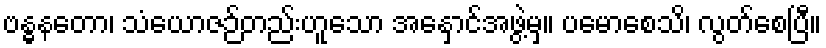
ဗန္ဓနတော၊ သံယောဇဉ်တည်းဟူသော အနှောင်အဖွဲ့မှ။ ပမောစေသိ၊ လွတ်စေပြီ။